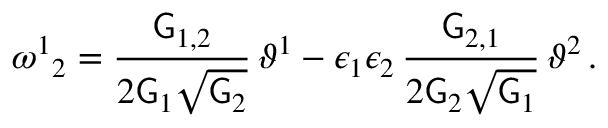
\omega ^ { 1 } { } _ { 2 } = \frac { \mathsf { G } _ { 1 , 2 } } { 2 \mathsf { G } _ { 1 } \sqrt { \mathsf { G } _ { 2 } } } \, \vartheta ^ { 1 } - \epsilon _ { 1 } \epsilon _ { 2 } \, \frac { \mathsf { G } _ { 2 , 1 } } { 2 \mathsf { G } _ { 2 } \sqrt { \mathsf { G } _ { 1 } } } \, \vartheta ^ { 2 } \, .